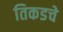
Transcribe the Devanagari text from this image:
तिकडचे